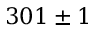
3 0 1 \pm 1